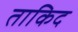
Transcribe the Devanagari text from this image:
ताकिद